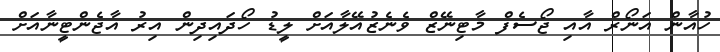
ހުއާން އަނޯރް އާއި ޖޯސެފް މާޓިނޭޒް ވެނެޒުއޭލާއަށް ލީޑު ހޯދައިދިން އިރު އާޖެންޓީނާއަށް